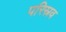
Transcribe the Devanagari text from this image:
परिस्रव